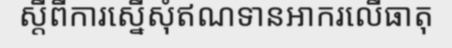
ស្តីពីការស្នើសុំឥណទានអាករលើធាតុ